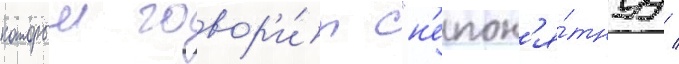
которыи говор'и́т "н'епон'я́тнуу /